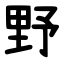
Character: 野